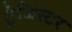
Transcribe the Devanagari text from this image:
ट्रैजिस्टर